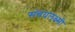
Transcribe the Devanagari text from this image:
संचयलक्ष्मी